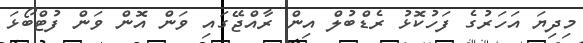
މިދިޔަ އަހަރުގެ ފަހުކޮޅު ރެޑްބުލް އިން ރާއްޖޭގައި ވަން އޮން ވަން ފުޓްބޯޅަ